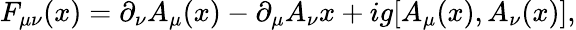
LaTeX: F_{\mu\nu}(x)=\partial_{\nu}A_{\mu}(x)-\partial_{\mu}A_{\nu}{x}+ig[A_{\mu}(x),A_{\nu}(x)],